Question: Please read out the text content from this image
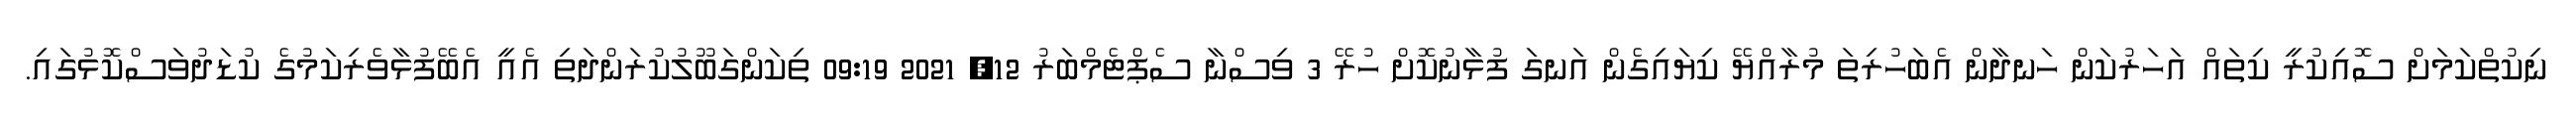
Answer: ނިކުތްކަމަށް ސޮއިކުރީ ކިތައް އަހަރުކަން ހަނދާން އެބަހުރިތަ މުރާއްޔޭ ކިޔައިގެން އަނގަ ފުޅާނުކޮށް ހުރޭ 3 ވިސްނާ ސެޕްޓެމްބަރު 12, 2021 09:19 ތިކަންގަބޫލުކުރަންދަތި އެއީ އެބޭފުޅާވެރިކަމުގެ ކުޑަދުވަސްކޮޅުގައި.